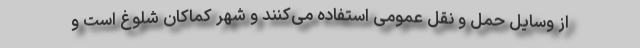
از وسایل حمل و نقل عمومی استفاده می‌کنند و شهر کماکان شلوغ است و